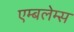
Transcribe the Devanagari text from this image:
एम्बलेम्स